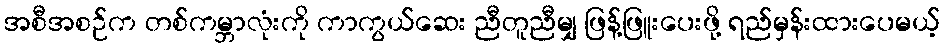
အစီအစဉ်က တစ်ကမ္ဘာလုံးကို ကာကွယ်ဆေး ညီတူညီမျှ ဖြန့်ဖြူးပေးဖို့ ရည်မှန်းထားပေမယ့်